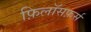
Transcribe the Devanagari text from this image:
फ़िलॉसफ़र्स